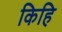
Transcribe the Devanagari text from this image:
किहि